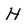
Character: H